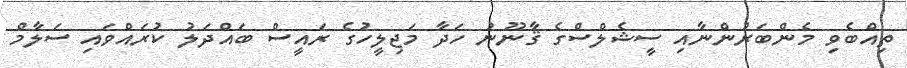
ތިއްބެވި މެންބަރުންނާއި ސީޝެލްސްގެ ޤާނޫނު ހަދާ މަޖިލީހުގެ ރައީސް ބައްދަލު ކުރައްވައި ސަލާމް